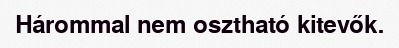
Hárommal nem osztható kitevők.